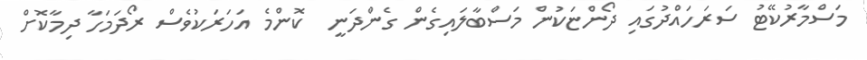
މަސްމާރުކޭޓު ސަރަހައްދުގައި ދޯންޏަކުން މަސްބާލައިގެން ގެންދަނީ  ކޮންމެ އަހަރަކުވެސް ރޯދަމަހާ ދިމާކޮށް